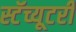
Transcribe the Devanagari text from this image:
स्टॅच्यूटरी